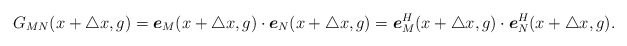
\begin{align*}G_{MN}(x+\triangle x,g)=\mbox{\boldmath{$e$}}_{M}(x+\triangle x,g)\cdot \mbox{\boldmath{$e$}}_{N}(x+\triangle x,g)=\mbox{\boldmath{$e$}}_{M}^{H}(x+\triangle x,g)\cdot \mbox{\boldmath{$e$}}_{N}^{H}(x+\triangle x,g).\end{align*}